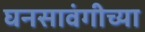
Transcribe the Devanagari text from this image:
घनसावंगीच्या